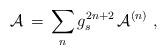
LaTeX: \begin{align*}{\cal A}\, =\, \sum_n g_s^{2n+2}\, {\cal A}^{(n)}\ ,\end{align*}